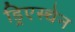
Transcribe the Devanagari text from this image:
ड्रिएस्चेन